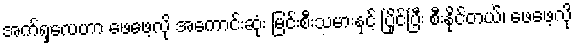
အက်ရှလေဟာ ဖေဖေ့လို အကောင်းဆုံး မြင်းစီးသမားနှင့် ပြိုင်ပြီး စီးနိုင်တယ်၊ ဖေဖေ့လို